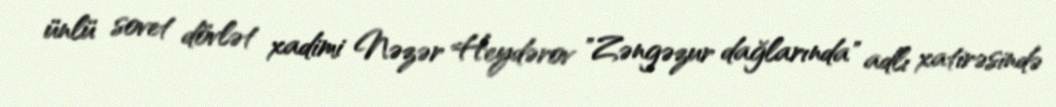
ünlü sovet dövlət xadimi Nəzər Heydərov "Zəngəzur dağlarında" adlı xatirəsində